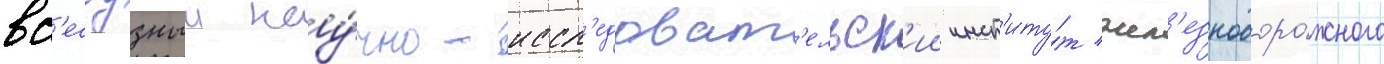
вс'есоузныи нау́чно-иссл'едоват'ельск'ии инст'иту́т жел'езнодоро́жного